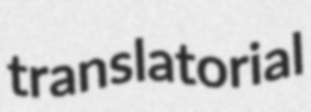
translatorial